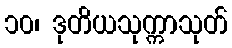
၁၀၊ ဒုတိယသုက္ကာသုတ်